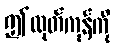
ဤထုတ်ကုန်ကို